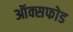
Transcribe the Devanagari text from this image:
ऑक्सफोड